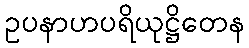
ဥပနာဟပရိယုဋ္ဌိတေန